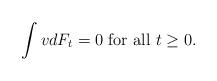
LaTeX: \begin{align*}\int vdF_t=0 \mbox{ for all } t\ge0.\end{align*}